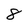
Character: 8